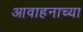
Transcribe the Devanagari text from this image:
आवाहनाच्या